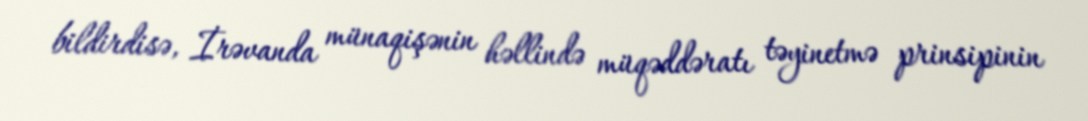
bildirdisə, İrəvanda münaqişənin həllində müqəddəratı təyinetmə prinsipinin